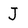
Character: J